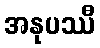
အနုပဿီ